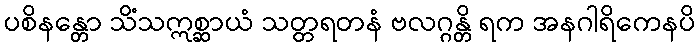
ပစိနန္တော သိံသဣစ္ဆာယံ သတ္တရတနံ ဗလဂ္ဂန္တိ ရက အနဂါရိကေနပိ